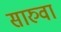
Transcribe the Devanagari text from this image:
सारुवा